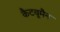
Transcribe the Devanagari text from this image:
कैटवूमैन